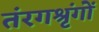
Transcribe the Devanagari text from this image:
तंरगश्रृंगों